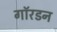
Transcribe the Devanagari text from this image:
गॉरडन